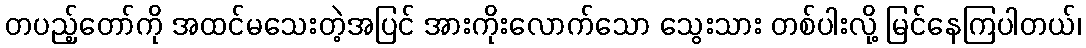
တပည့်တော်ကို အထင်မသေးတဲ့အပြင် အားကိုးလောက်သော သွေးသား တစ်ပါးလို့ မြင်နေကြပါတယ်၊